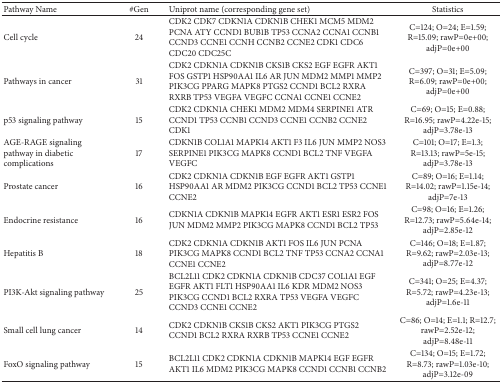
<table><thead><tr><td><b>Pathway Name</b></td><td><b>#Gen</b></td><td><b>Uniprot name (corresponding gene set)</b></td><td><b>Statistics</b></td></tr></thead><tbody><tr><td>Cell cycle</td><td>24</td><td>CDK2 CDK7 CDKN1A CDKN1B CHEK1 MCM5 MDM2 PCNA ATY CCND1 BUB1B TP53 CCNA2 CCNA1 CCNB1 CCND3 CCNE1 CCNH CCNB2 CCNE2 CDK1 CDC6 CDC20 CDC25C</td><td>C=124; O=24; E=1.59; R=15.09; rawP=0e+00; adjP=0e+00</td></tr><tr><td>Pathways in cancer</td><td>31</td><td>CDK2 CDKN1A CDKN1B CKS1B CKS2 EGF EGFR AKT1 FOS GSTP1 HSP90AA1 IL6 AR JUN MDM2 MMP1 MMP2 PIK3CG PPARG MAPK8 PTGS2 CCND1 BCL2 RXRA RXRB TP53 VEGFA VEGFC CCNA1 CCNE1 CCNE2</td><td>C=397; O=31; E=5.09; R=6.09; rawP=0e+00; adjP=0e+00</td></tr><tr><td>p53 signaling pathway</td><td>15</td><td>CDK2 CDKN1A CHEK1 MDM2 MDM4 SERPINE1 ATR CCND1 TP53 CCNB1 CCND3 CCNE1 CCNB2 CCNE2 CDK1</td><td>C=69; O=15; E=0.88; R=16.95; rawP=4.22e-15; adjP=3.78e-13</td></tr><tr><td>AGE-RAGE signaling pathway in diabetic complications</td><td>17</td><td>CDKN1B COL1A1 MAPK14 AKT1 F3 IL6 JUN MMP2 NOS3 SERPINE1 PIK3CG MAPK8 CCND1 BCL2 TNF VEGFA VEGFC</td><td>C=101; O=17; E=1.3; R=13.13; rawP=5e-15; adjP=3.78e-13</td></tr><tr><td>Prostate cancer</td><td>16</td><td>CDK2 CDKN1A CDKN1B EGF EGFR AKT1 GSTP1 HSP90AA1 AR MDM2 PIK3CG CCND1 BCL2 TP53 CCNE1 CCNE2</td><td>C=89; O=16; E=1.14; R=14.02; rawP=1.15e-14; adjP=7e-13</td></tr><tr><td>Endocrine resistance</td><td>16</td><td>CDKN1A CDKN1B MAPK14 EGFR AKT1 ESR1 ESR2 FOS JUN MDM2 MMP2 PIK3CG MAPK8 CCND1 BCL2 TP53</td><td>C=98; O=16; E=1.26; R=12.73; rawP=5.64e-14; adjP=2.85e-12</td></tr><tr><td>Hepatitis B</td><td>18</td><td>CDK2 CDKN1A CDKN1B AKT1 FOS IL6 JUN PCNA PIK3CG MAPK8 CCND1 BCL2 TNF TP53 CCNA2 CCNA1 CCNE1 CCNE2</td><td>C=146; O=18; E=1.87; R=9.62; rawP=2.03e-13; adjP=8.77e-12</td></tr><tr><td>PI3K-Akt signaling pathway</td><td>25</td><td>BCL2L11 CDK2 CDKN1A CDKN1B CDC37 COL1A1 EGF EGFR AKT1 FLT1 HSP90AA1 IL6 KDR MDM2 NOS3 PIK3CG CCND1 BCL2 RXRA TP53 VEGFA VEGFC CCND3 CCNE1 CCNE2</td><td>C=341; O=25; E=4.37; R=5.72; rawP=4.23e-13; adjP=1.6e-11</td></tr><tr><td>Small cell lung cancer</td><td>14</td><td>CDK2 CDKN1B CKS1B CKS2 AKT1 PIK3CG PTGS2 CCND1 BCL2 RXRA RXRB TP53 CCNE1 CCNE2</td><td>C=86; O=14; E=1.1; R=12.7; rawP=2.52e-12; adjP=8.48e-11</td></tr><tr><td>FoxO signaling pathway</td><td>15</td><td>BCL2L11 CDK2 CDKN1A CDKN1B MAPK14 EGF EGFR AKT1 IL6 MDM2 PIK3CG MAPK8 CCND1 CCNB1 CCNB2</td><td>C=134; O=15; E=1.72; R=8.73; rawP=1.03e-10; adjP=3.12e-09</td></tr></tbody></table>